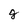
Character: g